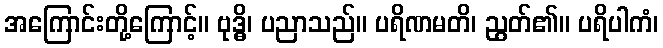
အကြောင်းတို့ကြောင့်။ ဗုဒ္ဓိ၊ ပညာသည်။ ပရိဏမတိ၊ ညွတ်၏။ ပရိပါကံ၊